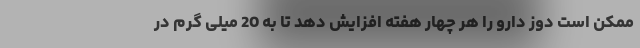
ممکن است دوز دارو را هر چهار هفته افزایش دهد تا به 20 میلی گرم در